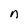
Character: n